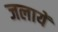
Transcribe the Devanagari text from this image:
जलायें